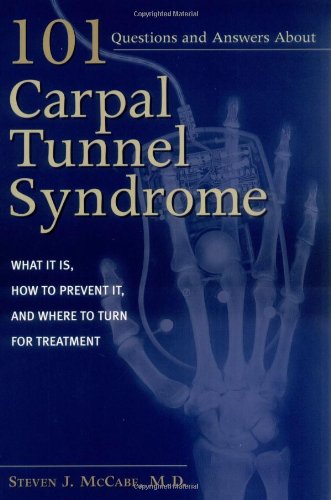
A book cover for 101 Questions and Answers about Carpal Tunnel Syndrome: What It Is, How to Prevent It, and Where to Turn for Treatment; Steven J. McCabe; Health, Fitness & Dieting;